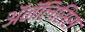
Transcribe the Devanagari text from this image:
ॲनॅलिसिस